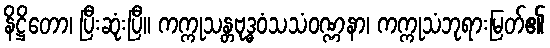
နိဋ္ဌိတော၊ ပြီးဆုံးပြီ။ ကက္ကုသန္တဗုဒ္ဓဝံသသံဝဏ္ဏနာ၊ ကက္ကုသံဘုရားမြတ်၏